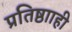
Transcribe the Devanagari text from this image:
प्रतिष्ठााही